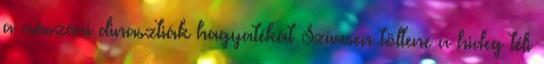
a császári dinasztiák hagyatékát Szívesen töltene a hideg téli